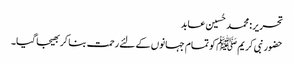
تحریر : محمد حُسین عابد
حضور نبی کریم ﷺ کو تمام جہانوں کے لئے رحمت بنا کر بھیجا گیا۔